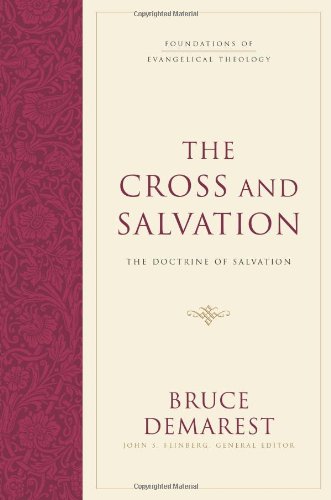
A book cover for The Cross and Salvation: The Doctrine of Salvation (Foundations of Evangelical Theology); Bruce Demarest; Christian Books & Bibles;